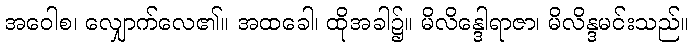
အဝေါစ၊ လျှောက်လေ၏။ အထခေါ၊ ထိုအခါ၌။ မိလိန္ဒေါရာဇာ၊ မိလိန္ဒမင်းသည်။